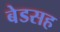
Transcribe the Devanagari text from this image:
बेडसह